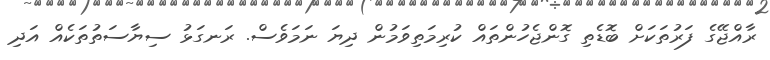
ރާއްޖޭގެ ފަރުތަކަށް ބޮޑެތި ގޮންޖެހުންތައް ކުރިމަތިވަމުން ދިޔަ ނަމަވެސް. ރަނގަޅު ސިޔާސަތުތަކެއް އަދި